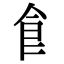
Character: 飠